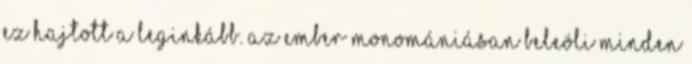
Ez hajtott a leginkább. Az ember monomániásan beleöli minden